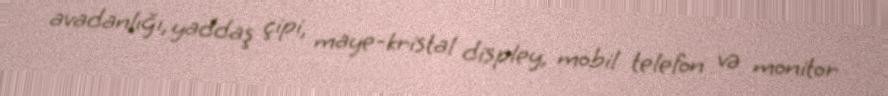
avadanlığı, yaddaş çipi, maye-kristal displey, mobil telefon və monitor